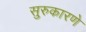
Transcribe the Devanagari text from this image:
सुरुकारणे